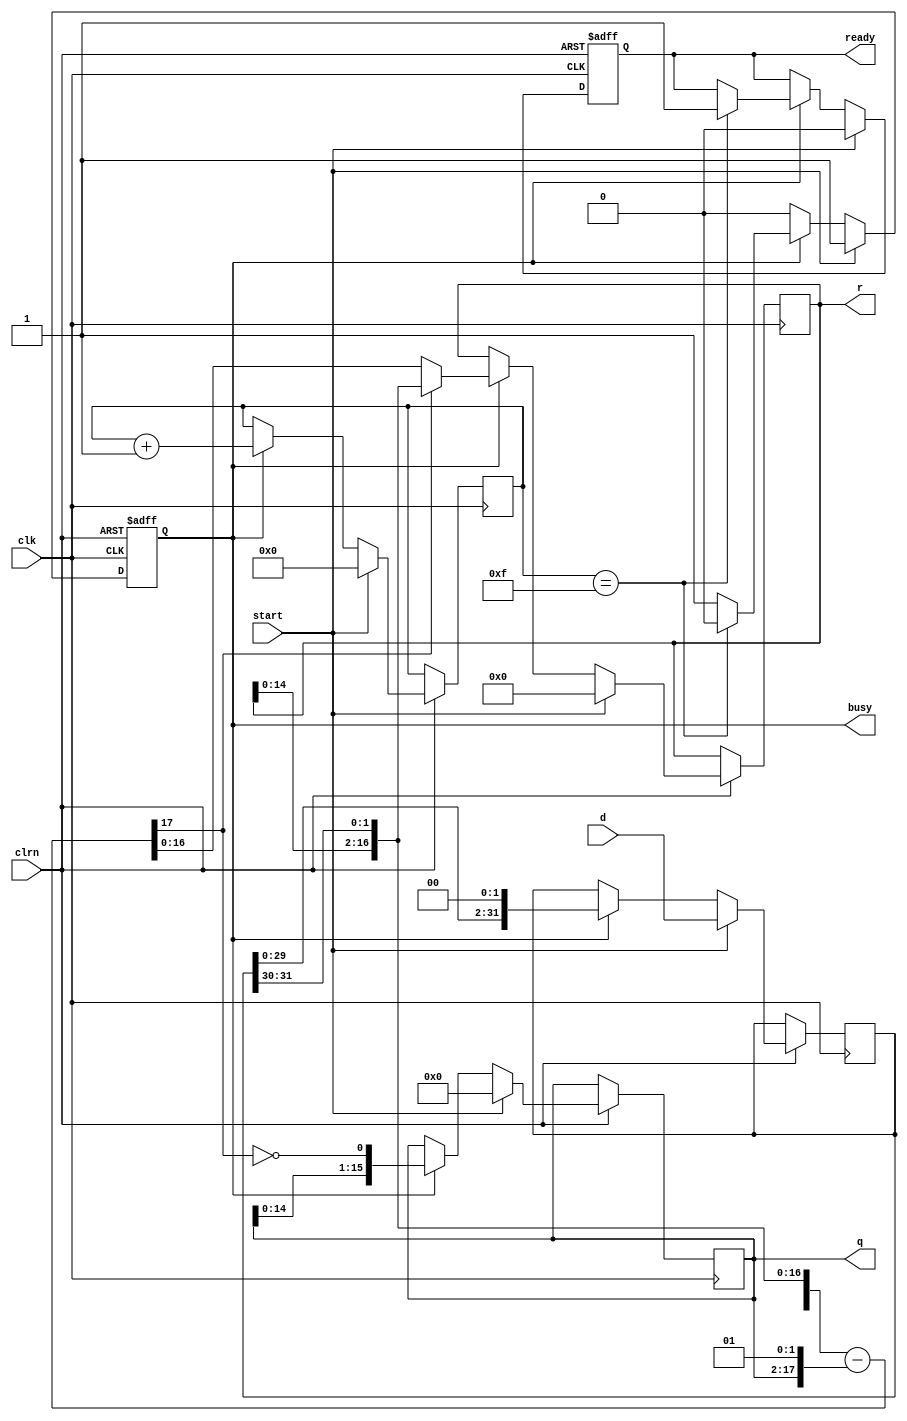
//////////////////////////////////////////////////////////////////////////////////
// Module Name: Restoring Square Root Algorithm Module
// Description: Calculates sqrt(d) = q^2 + r
//              Section 3.5.1 - Figure 3.28
// Revision:
// 28.05.2020 -> Revision 0.01 - Created (Validated)
//////////////////////////////////////////////////////////////////////////////////

`timescale 1ns / 1ps

module SquareRoot_Restoring(
    input clk, clrn,
    input start,
    input [31:0] d,
    output[15:0] q,
    output[16:0] r,
    output reg busy, ready);
    
    reg[03:0] count;    // Stage counter
    reg[31:0] reg_d;    // Data to be rooted, 2 digits will be used every iteration
    reg[15:0] reg_q;    // Quotient
    reg[16:0] reg_r;    // Remainder
    
    // Remainder is left-shifted two bits with data register
    // Quotient is left-shifted one  bit and incremented with one.
    // Subtraction result includes difference of this two result.
    // Its sign is used to determine if the subtraction will be used or not.
    wire[17:0] sub_out = {reg_r[15:0], reg_d[31:30]} - {reg_q, 2'b1};                   
    
    // If subtraction sign is negative, then the remainder includes only the data-shifted version of itself. (sub[17] == 1)
    // If subtraction sign is positive, remainder includes the data-shifted subtraction result               (sub[17] == 0)
    wire[16:0] mux_out = sub_out[17] ? {reg_r[14:0], reg_d[31:30]} : sub_out[16:0];     // Restore or not
    
    always@(posedge(clk) or negedge(clrn)) begin
        if(!clrn) begin
            busy    <= 0;
            ready   <= 0;
        end else begin
            if(start) begin
                // Initialize registers
                reg_d <= d; 
                reg_q <= 0;
                reg_r <= 0;
                
                // Adjust status indicators
                busy  <= 1;
                ready <= 0;
                
                // Start counter
                count <= 0;
            end else if(busy) begin
                reg_d <= {reg_d[29:0], 2'b0};           // Left shift data register
                reg_q <= {reg_q[14:0], ~sub_out[17]};   // Append to quotient (Inverse of subtraction sign)
                reg_r <= mux_out;                       
                
                // Increase counter
                count <= count + 4'b1;
                
                // Check for the last stage
                if(count == 4'hF) begin
                    busy    <= 0;
                    ready   <= 1;
                end
            end
        end
    end
    
    // Output logic
    assign q = reg_q;
    assign r = reg_r;
endmodule